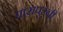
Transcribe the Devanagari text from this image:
घारापूरची